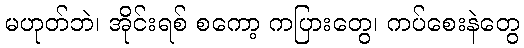
မဟုတ်ဘဲ၊ အိုင်းရစ် စကော့ ကပြားတွေ၊ ကပ်စေးနဲတွေ